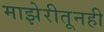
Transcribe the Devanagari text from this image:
माझेरीतूनही